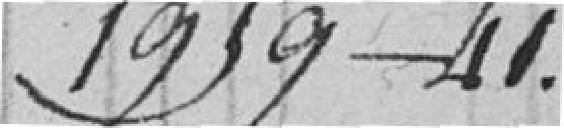
1959-41